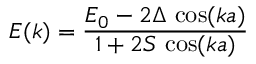
E ( k ) = { \frac { E _ { 0 } - 2 \Delta \, \cos ( k a ) } { 1 + 2 S \, \cos ( k a ) } }